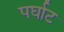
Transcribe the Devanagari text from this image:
पर्घाट